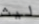
ليث